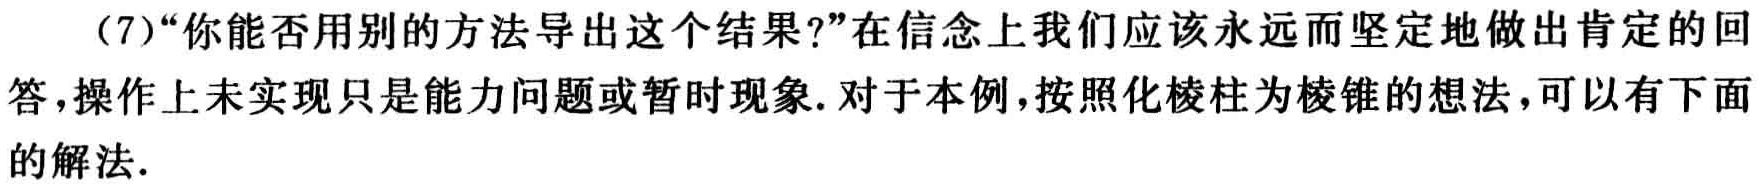
（7）“你能否用别的方法导出这个结果?”在信念上我们应该永远而坚定地做出肯定的回答,操作上未实现只是能力问题或暂时现象. 对于本例,按照化棱柱为棱锥的想法,可以有下面的解法.